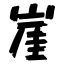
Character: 崖